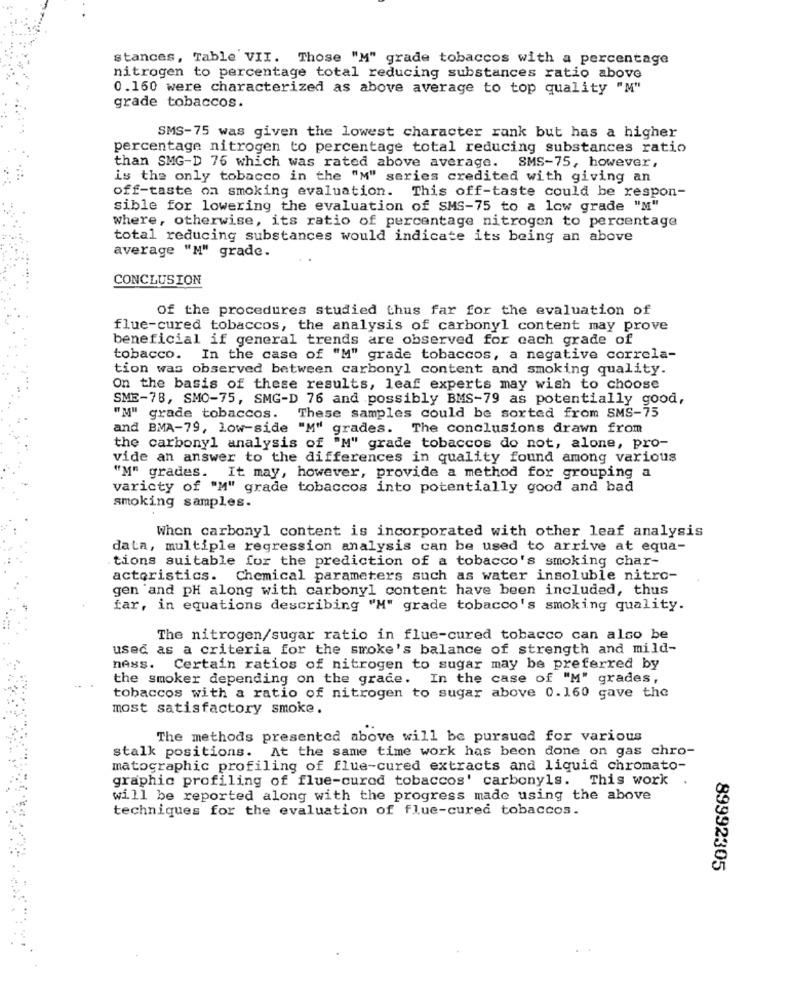
stances, Table VII. Those "M" grade tobaccos with a percentage
nitrogen to percentage total reducing substances ratio above
0.160 were characterized as above average to top quality "M"
grade tobaccos.
SMS-75 was given the lowest character rank but has a higher
percentage nitrogen to percentage total reducing substances ratio
than SMG-D 76 which was rated above average. SMS-75, however,
is the only tobacco in the "M" series credited with giving an
off-taste on smoking evaluation. This off-taste could be respon-
sible for lowering the evaluation of SMS-75 to a low grade "M"
where, otherwise, its ratio of percentage nitrogen to percentage
total reducing substances would indicate its being an above
average "M" grade.
CONCLUSION
Of the procedures studied thus far for the evaluation of
flue-cured tobaccos, the analysis of carbonyl content may prove
beneficial if general trends are observed for each grade of
tobacco. In the case of "M" grade tobaccos, a negative correla-
tion was observed between carbonyl content and smoking quality.
On the basis of these results, leaf experts may wish to choose
SME-78, SMO-75, SMG-D 76 and possibly BMS-79 as potentially good,
"M" grade tobaccos. These samples could be sorted from SMS-75
and BMA-79, low-side "M" grades. The conclusions drawn from
the carbonyl analysis of "M" grade tobaccos do not, alone, pro-
vide an answer to the differences in quality found among various
"M" grades. It may, however, provide a method for grouping a
varicty of "M" grade tobaccos into potentially good and bad
smoking samples.
When carbonyl content is incorporated with other leaf analysis
data, multiple regression analysis can be used to arrive at equa-
tions suitable for the prediction of a tobacco's smoking char-
acteristics. Chemical parameters such as water insoluble nitro-
gen 'and pH along with carbonyl content have been included, thus
far, in equations describing "M" grade tobacco's smoking quality.
The nitrogen/sugar ratio in flue-cured tobacco can also be
used as a criteria for the smoke's balance of strength and mild-
ness. Certain ratios of nitrogen to sugar may be preferred by
the smoker depending on the grade. In the case of "M" grades,
tobaccos with a ratio of nitrogen to sugar above 0.160 gave the
most satisfactory smoke.
The methods presented above will be pursued for various
stalk positions. At the same time work has been done on gas chro-
matographic profiling of flue-cured extracts and liquid chromato-
graphic profiling of flue-cured tobaccos' carbonyls. This work .
will be reported along with the progress made using the above
techniques for the evaluation of flue-cured tobaccos.
89992305